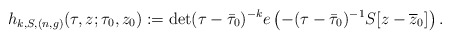
\begin{align*} h_{k,S,(n,g)}(\tau,z;\tau_0,z_0):=\det(\tau-\bar{\tau}_0)^{-k}e\left(-(\tau-\bar{\tau}_0)^{-1}S[z-\overline{z}_0]\right).\end{align*}